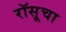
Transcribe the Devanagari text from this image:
रॉसूचा